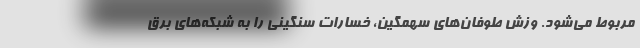
مربوط می‌شود. وزش طوفان‌های سهمگین، خسارات سنگینی را به شبکه‌های برق